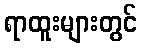
ရာထူးများတွင်